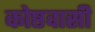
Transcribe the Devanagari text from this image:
कोष्ठवासी